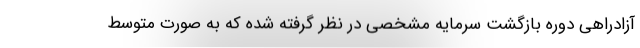
آزادراهی دوره بازگشت سرمایه‌ مشخصی در نظر گرفته شده که به صورت متوسط